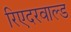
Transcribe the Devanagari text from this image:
रिएदरवाल्ड